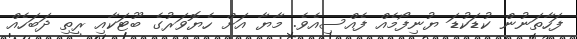
ފަހާތަނުން ކުޑަކުޑަ ޔުނިފޯމެއް ފެއްސިއެވެ. މާޔާ އަށް ހެޔޮވަރުގެ ބޫޓަކާއި ރީތި ދަބަހެއް